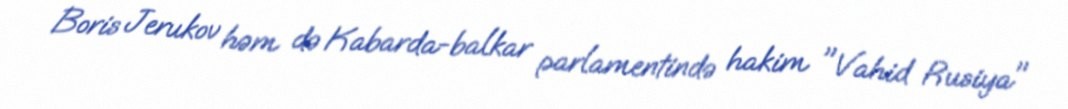
Boris Jerukov həm də Kabarda-balkar parlamentində hakim "Vahid Rusiya"